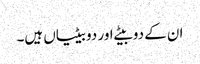
ان کے دو بیٹے اور دو بیٹیاں ہیں۔